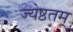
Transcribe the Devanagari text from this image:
ज्येष्ठतम्